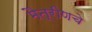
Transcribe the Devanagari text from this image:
मैत्रीणचे